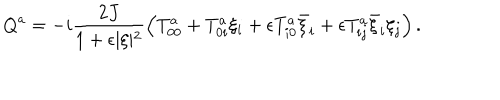
Q ^ { a } = - i \frac { 2 J } { 1 + \epsilon \vert \xi \vert ^ { 2 } } \left( T _ { 0 0 } ^ { a } + T _ { 0 i } ^ { a } \xi _ { i } + \epsilon T _ { i 0 } ^ { a } \bar { \xi } _ { i } + \epsilon T _ { i j } ^ { a } \bar { \xi } _ { i } \xi _ { j } \right) .